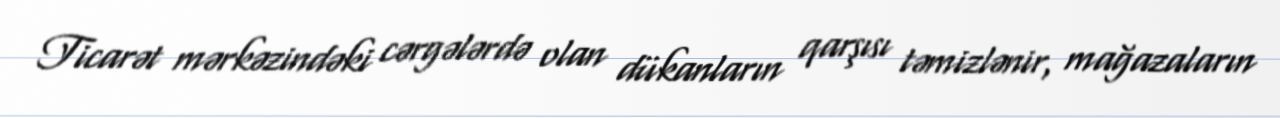
Ticarət mərkəzindəki cərgələrdə olan dükanların qarşısı təmizlənir, mağazaların